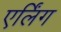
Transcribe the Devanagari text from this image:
एर्लिंग